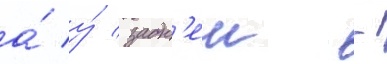
а́ у́ задн'еи -